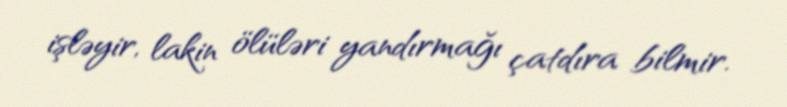
işləyir, lakin ölüləri yandırmağı çatdıra bilmir.